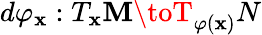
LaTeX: d\varphi_{\mathbf{x}}:T_{\mathbf{x}}\mathbf{M}\toT_{\varphi(\mathbf{x})}N